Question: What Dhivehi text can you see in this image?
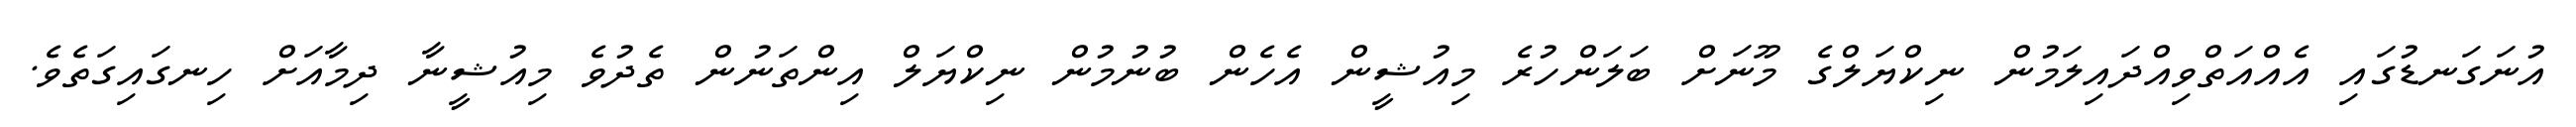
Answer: އުނަގަނޑުގައި އެއްއަތްވިއްދައިލަމުން ނިކްޔަލްގެ މޫނަށް ބަލަންހުރެ މިއުޝީން އެހެން ބުނުމުން ނިކްޔަލް އިންތަނުން ތެދުވެ މިއުޝީނާ ދިމާއަށް ހިނގައިގަތެވެ.